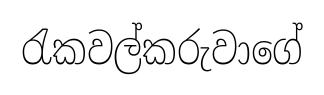
රැකවල්කරුවාගේ